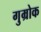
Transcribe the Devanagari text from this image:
गुम्रोक